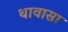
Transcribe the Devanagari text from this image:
थावासा